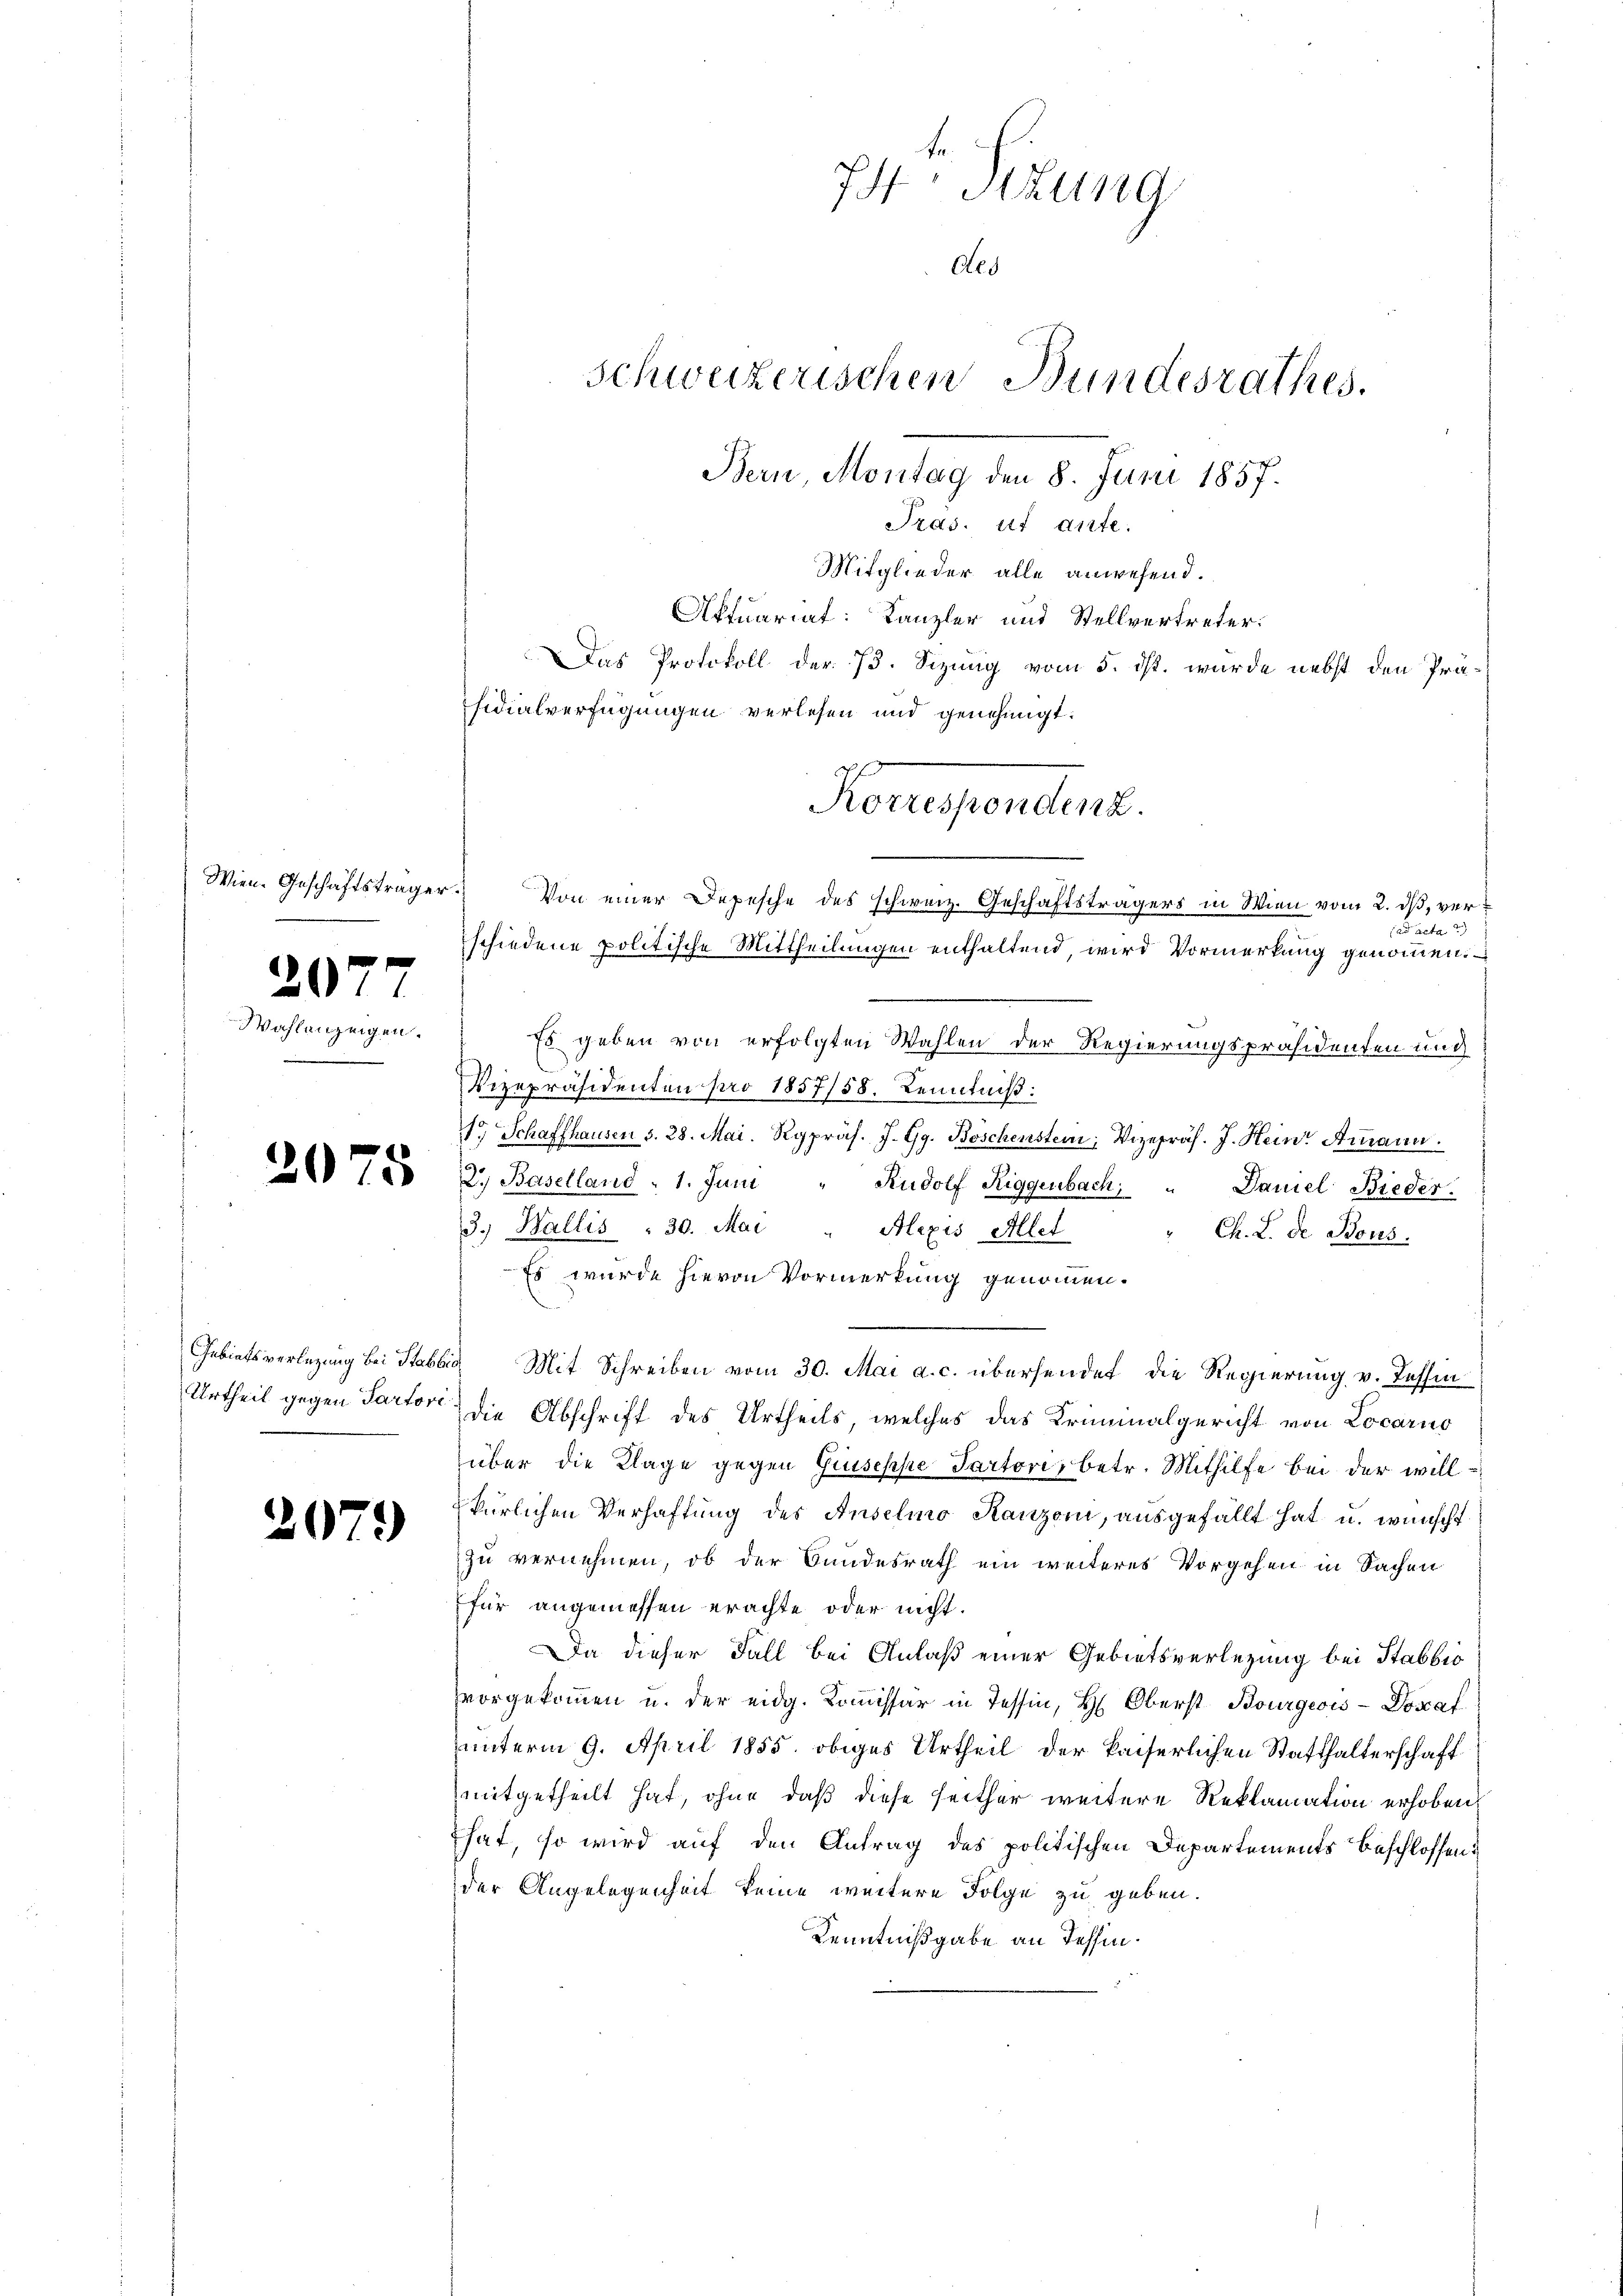
Wien. Geschäftsträger.

207

Wahlanz

19. 420.

2075

2079

Von einer Depesche des schweiz. Geschäftsträgers in Wien vom 2. dß, verad acta 2)
schiedene politische Mittheilungen enthaltend, wird Vormerkung genommen.
Es geben von erfolgten Wahlen der Regierungspräsidenten und
Vizepräsidenten pro 1857/58. Kenntniß:
11.) Schaffhausen S. 28. Mai. Rgpräs. J. Gg. Böschenstern, Vizepräs. J. Hein Ammann.

2.) Baselland - 1. Juni " Rudolf Riggenbach " Daniel Bieder
3.) Wallis - 30. Mai " Alexis Aller " Ch. L. de Bous.
Es wurde hievon Vormerkung genommen.
Gebietsverlegung bei Stabbia, Mit Schreiben vom 30. Mai a. c. übersendet die Regierung v. Tessin
Urtheil gegen Partori die Abschrift des Urtheils, welches das Kriminalgericht von Locarno
über die Klage gegen Giuseppe Partori, betr. Mithilfe bei der willkürlichen Verhaftung des Anselmo Kanzoni, ausgefällt hat u. wünscht
zu vernehmen, ob der Bundesrath ein weiteres Vorgehen in Sachen
für angemessen erachte oder nicht.
Da dieser Fall bei Anlaß einer Gebietsverlegung bei Stabbio
vorgekoṁen u. der eidg. Koṁissär in Tessin, H. Oberst Bourgeois-Dosaf
unterm 9. April 1855. obiges Urtheil der kaiserlichen Statthalterschaft
mitgetheilt hat, ohne daß diese seither weitere Reklamation erhoben,
hat, so wird auf den Antrag des politischen Departements Beschlossen
der Angelegenheit keine weitere Folge zu geben.
Kenntnißgabe an Tessin.

74. Sitzung
Ars
Schweizerischen Bundesrathes.
Bern, Montag den 8. Juni 1857.
Tras. ist ante.
Mitglieder alle anwesend.
Aktuariat: Kanzler und Stellvertreter.
Das Protokoll der 73. Sizung vom 5. ds. wurde nebst den Präsidialverfügungen verlesen und genehmigt:

Forependend.